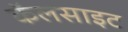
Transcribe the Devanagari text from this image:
कॅलसाइट